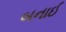
બનાઈ